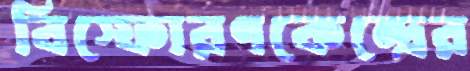
বিস্ফোরণকেন্দ্রের